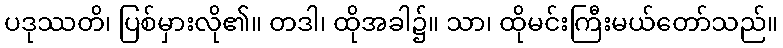
ပဒုဿတိ၊ ပြစ်မှားလို၏။ တဒါ၊ ထိုအခါ၌။ သာ၊ ထိုမင်းကြီးမယ်တော်သည်။